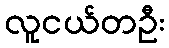
လူငယ်တဦး